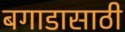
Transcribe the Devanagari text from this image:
बगाडासाठी